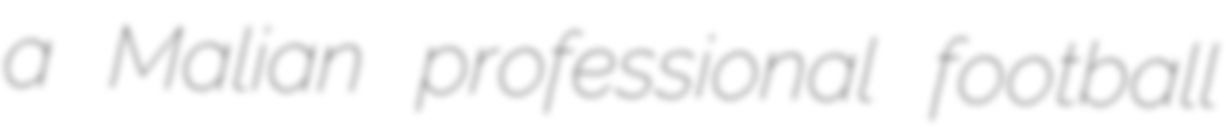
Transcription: a Malian professional football